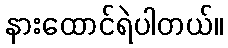
နားထောင်ရဲပါတယ်။